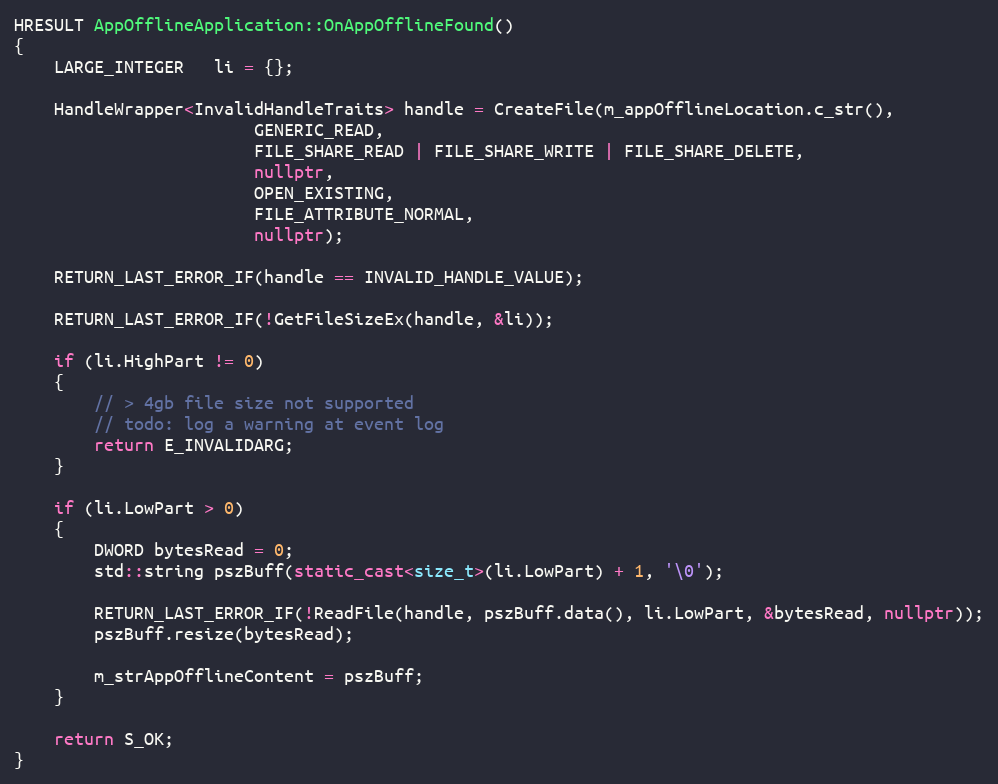
Language: C++
HRESULT AppOfflineApplication::OnAppOfflineFound()
{
    LARGE_INTEGER   li = {};

    HandleWrapper<InvalidHandleTraits> handle = CreateFile(m_appOfflineLocation.c_str(),
                        GENERIC_READ,
                        FILE_SHARE_READ | FILE_SHARE_WRITE | FILE_SHARE_DELETE,
                        nullptr,
                        OPEN_EXISTING,
                        FILE_ATTRIBUTE_NORMAL,
                        nullptr);

    RETURN_LAST_ERROR_IF(handle == INVALID_HANDLE_VALUE);

    RETURN_LAST_ERROR_IF(!GetFileSizeEx(handle, &li));

    if (li.HighPart != 0)
    {
        // > 4gb file size not supported
        // todo: log a warning at event log
        return E_INVALIDARG;
    }

    if (li.LowPart > 0)
    {
        DWORD bytesRead = 0;
        std::string pszBuff(static_cast<size_t>(li.LowPart) + 1, '\0');

        RETURN_LAST_ERROR_IF(!ReadFile(handle, pszBuff.data(), li.LowPart, &bytesRead, nullptr));
        pszBuff.resize(bytesRead);

        m_strAppOfflineContent = pszBuff;
    }

    return S_OK;
}